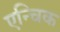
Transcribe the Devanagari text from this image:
एन्चिक